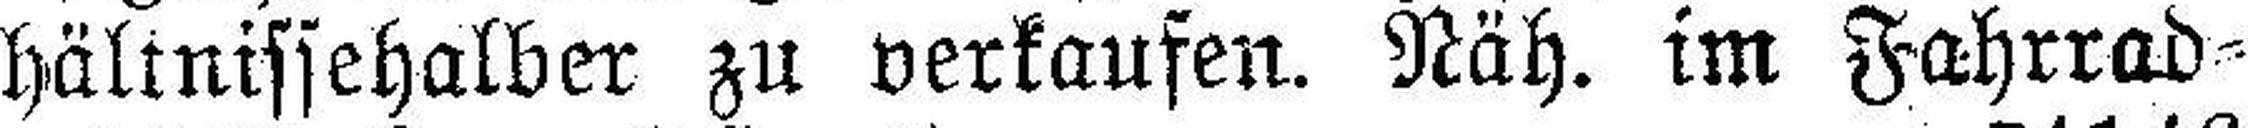
hältnissehalber zu verkaufen. Näh. im Fahrrad¬